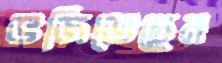
ভজিতেছেন